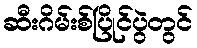
ဆီးဂိမ်းစ်ပြိုင်ပွဲတွင်